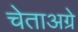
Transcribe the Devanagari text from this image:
चेताअग्रे